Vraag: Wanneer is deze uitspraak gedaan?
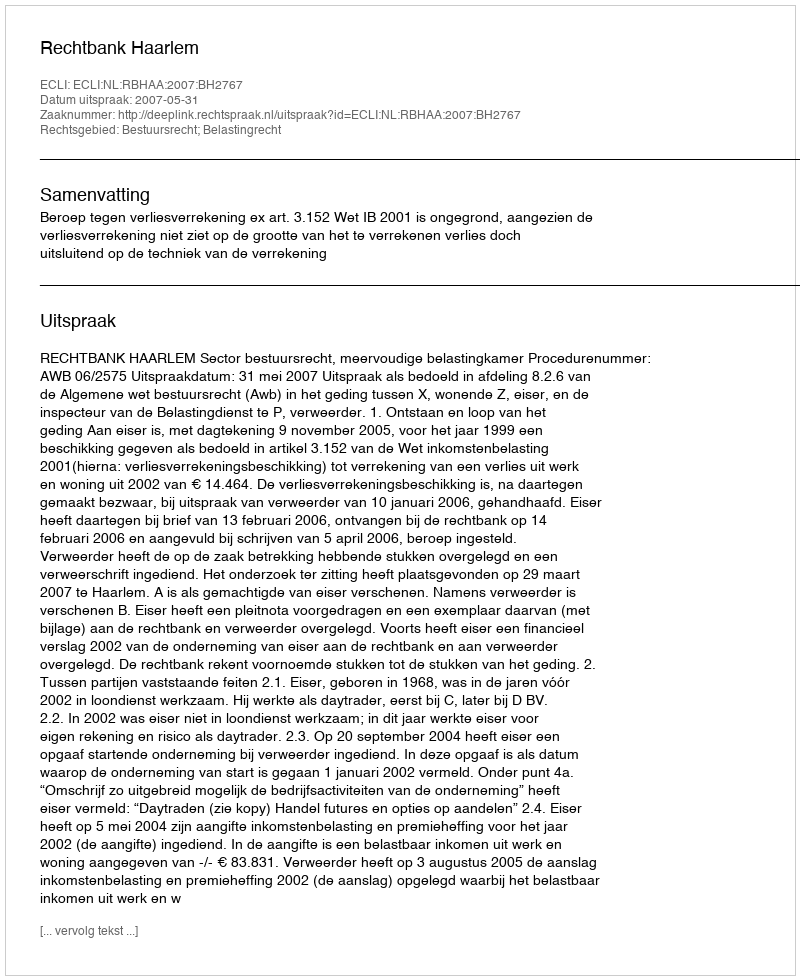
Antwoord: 2007-05-31